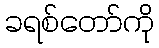
ခရစ်တော်ကို